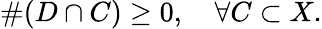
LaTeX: \# (D\cap C)\geq 0,\quad\forall C\subset X.